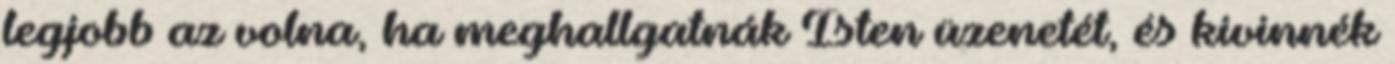
legjobb az volna, ha meghallgatnák Isten üzenetét, és kivinnék